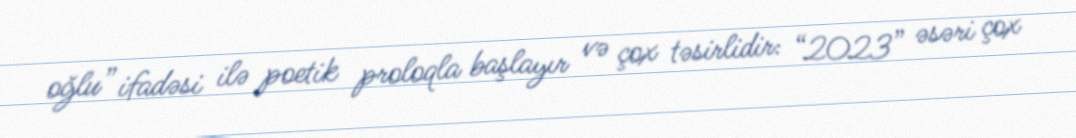
oğlu” ifadəsi ilə poetik proloqla başlayır və çox təsirlidir: “2023” əsəri çox